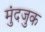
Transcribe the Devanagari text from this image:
मुंदजुक